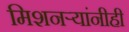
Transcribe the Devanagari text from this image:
मिशनर्‍यांनीही